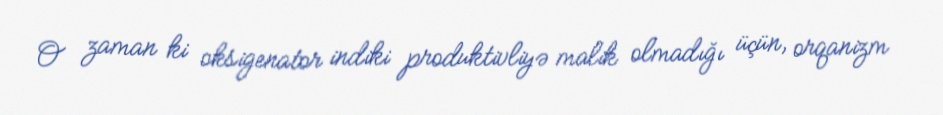
O zaman ki oksigenator indiki produktivliyə malik olmadığı üçün, orqanizm